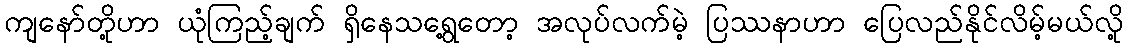
ကျနော်တို့ဟာ ယုံကြည့်ချက် ရှိနေသရွေ့တော့ အလုပ်လက်မဲ့ ပြဿနာဟာ ပြေလည်နိုင်လိမ့်မယ်လို့